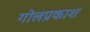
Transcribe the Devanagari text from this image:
गोलप्रकाश